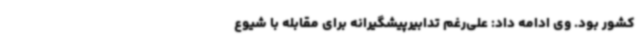
کشور بود. وی ادامه داد: علی‌رغم تدابیرپیشگیرانه برای مقابله با شیوع